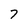
Character: 7